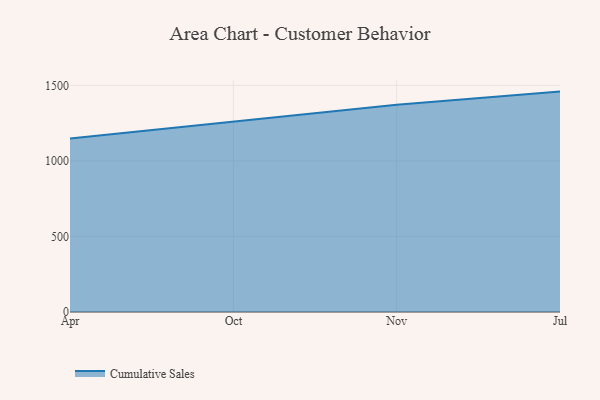
{"axis": {"x": "Month", "y": "Net Income (USD K)"}, "legend": ["Cumulative Sales"], "data": [{"x": "Apr", "y": 1148.3, "type": "Cumulative Sales"}, {"x": "Oct", "y": 1260.5, "type": "Cumulative Sales"}, {"x": "Nov", "y": 1372.4, "type": "Cumulative Sales"}, {"x": "Jul", "y": 1458.8, "type": "Cumulative Sales"}]}